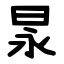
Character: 㫤